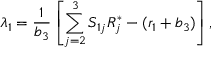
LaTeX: \lambda _ { 1 } = { \frac { 1 } { b _ { 3 } } } \left[ \sum _ { j = 2 } ^ { 3 } S _ { 1 j } R _ { j } ^ { * } - ( r _ { 1 } + b _ { 3 } ) \right] ,